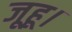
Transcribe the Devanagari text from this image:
जूहू।